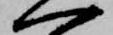
一